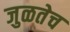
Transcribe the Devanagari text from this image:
जुळतेच